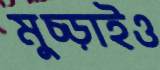
মুচ্‌ড়াইও